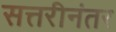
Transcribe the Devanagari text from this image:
सत्तरीनंतर